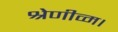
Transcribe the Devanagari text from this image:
श्रेणीव्म।